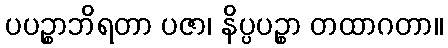
ပပဉ္စာဘိရတာ ပဇာ၊ နိပ္ပပဉ္စာ တထာဂတာ။